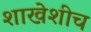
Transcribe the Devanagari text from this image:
शाखेशीच